Report on vaccination in Madras 1877-1894 - 1877-1894
Year: 1877
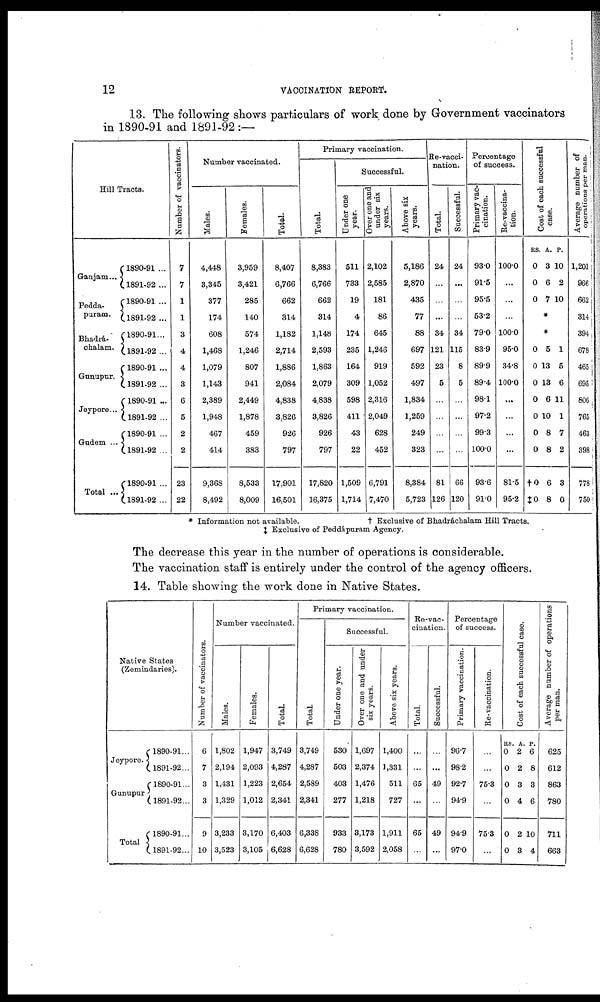
12
VACCINATION REPORT.
13. The following shows particulars of work done by Government vaccinators
in 1890-91 and 1891-92:—
Hill Tracts.
Ganjam...
Pedda-
puram.
Bhadrá-
chalam.
Gunupur.
Jeypore...
Gudem ...
Total ...
1890-91 ...
1891-92...
1890-91 ...
1891-92 ...
1890-91...
1891-92 ...
1890-91 ...
1891-92 ...
1890-91 ...
1891-92 ...
1890-91 ...
1891-92 ...
1890-91 ...
1891-92 ...
Number of vaccinators.
7
7
1
1
3
4
4
3
6
5
2
2
23
22
Number vaccinated.
Males.
4,448
3,345
377
174
608
1,468
1,079
1,143
2,389
1,948
467
414
9,368
8,492
Females.
3,959
3,421
285
140
574
1,246
807
941
2,449
1,878
459
383
8,533
8,009
Total.
8,407
6,766
662
314
1,182
2,714
1,886
2,084
4,838
3,826
926
797
17,901
16,501
Primary vaccination.
Total.
8,383
6,766
662
314
1,148
2,593
1,863
2,079
4,838
3,826
926
797
17,820
16,375
Successful.
Under one
year.
511
733
19
4
174
235
164
309
598
411
43
22
1,509
1,714
Over one and
under six
years.
2,102
2,585
181
86
645
1,246
919
1,052
2,316
2,049
628
452
6,791
7,470
Above six
years.
5,186
2,870
435
77
88
697
592
497
1,834
1,259
249
323
8,384
5,723
Re-vacci-
nation.
Total.
24
...
...
...
34
121
23
5
...
...
...
...
81
126
Successful.
24
...
...
...
34
115
8
5
...
...
...
...
66
120
Percentage
of success.
Primary vac-
cination.
93.0
91.5
95.5
53.2
79.0
83.9
89.9
89.4
98.1
97.2
99.3
100.0
93.6
91.0
Re-vaccina-
tion.
100.0
...
...
...
100.0
95.0
34.8
100.0
...
...
...
...
81.5
95.2
Cost of each successful
case.
RS.
0
0
0
A.
3
6
7
P.
10
2
10
*
*
0
0
0
0
0
0
0
†0
‡0
5
13
13
6
10
8
8
6
8
1
5
6
11
1
7
2
3
0
Average number of
operations per man.
1,201
966
662
314
394
678
465
695
806
765
463
398
778
750
* Information not available.
† Exclusive of Bhadráchalam Hill Tracts.
‡ Exclusive of Peddápuram Agency.
The decrease this year in the number of operations is considerable.
The vaccination staff is entirely under the control of the agency officers.
14. Table showing the work done in Native States.
Native States
(Zemindaries).
Jeypore.
Gunupur
Total
1890-91...
1891-92...
1890-91...
1891-92...
1890-91...
1891-92...
Number of vaccinators.
6
7
3
3
9
10
Number vaccinated.
Males.
1,802
2,194
1,431
1,329
3,233
3,523
Females.
1,947
2,093
1,223
1,012
3,170
3,105
Total.
3,749
4,287
2,654
2,341
6,403
6,628
Primary vaccination.
Total.
3,749
4,287
2,589
2,341
6,338
6,628
Successful.
Under one year.
530
503
403
277
933
780
Over one and under
six years.
1,697
2,374
1,476
1,218
3,173
3,592
Above six years.
1,400
1,331
511
727
1,911
2,058
Re-vac-
cination.
Total
...
...
65
...
65
...
Successful.
...
...
49
49
...
Percentage
of success.
Primary vaccination.
96.7
98.2
92.7
94.9
94.9
97.0
Re - vaccination.
...
75.3
75.3
...
Cost of each successful case.
RS.
0
0
0
0
0
0
A.
2
2
3
4
2
3
P.
6
8
3
6
10
4
Average number of operations
per man.
625
612
863
780
711
663